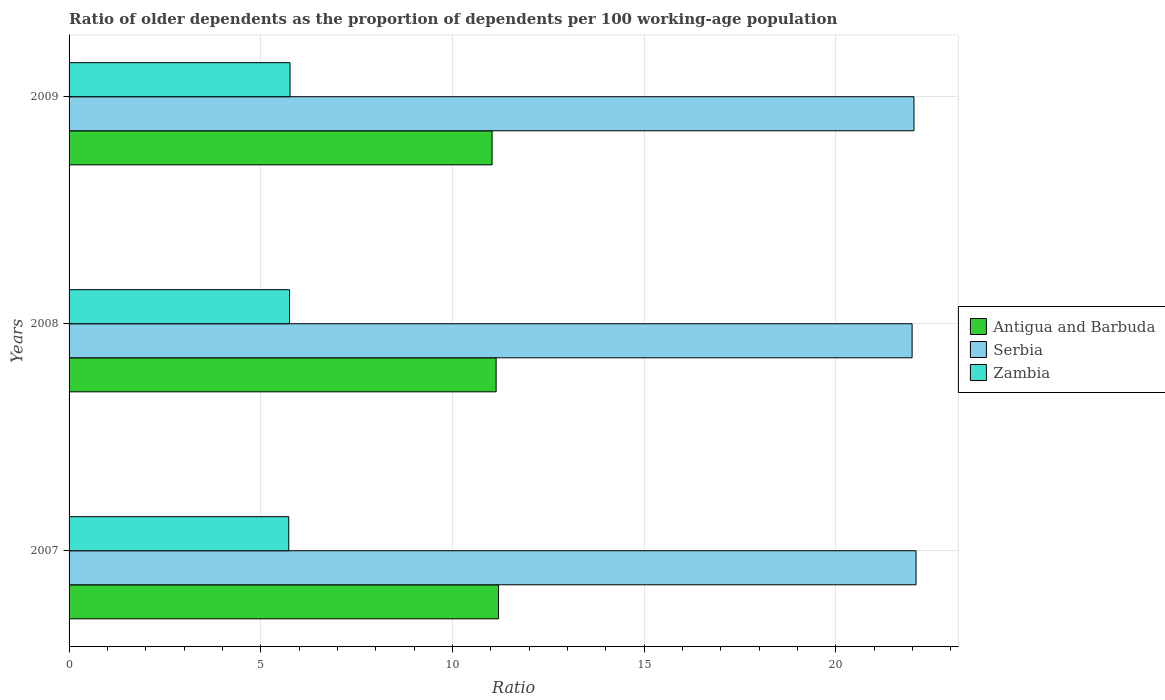
| Years | Antigua and Barbuda | Serbia | Zambia |
 | --- | --- | --- | --- |
 | 2007 | 11.2 | 22.1 | 5.73 |
 | 2008 | 11.1 | 22 | 5.75 |
 | 2009 | 11 | 22 | 5.76 |